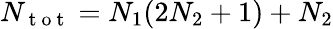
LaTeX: N_{\mathrm{~t~o~t~}}=N_{1}(2N_{2}+1)+N_{2}